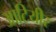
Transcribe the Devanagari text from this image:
आटियीर